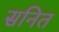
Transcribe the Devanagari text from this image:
सनित